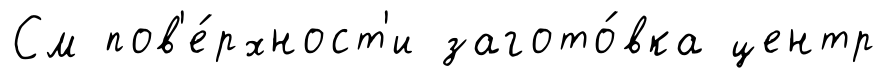
См пов'е́рхност'и загото́вка центр